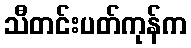
သီတင်းပတ်ကုန်က